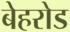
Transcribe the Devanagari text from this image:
बेहरोड